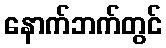
နောက်ဘက်တွင်